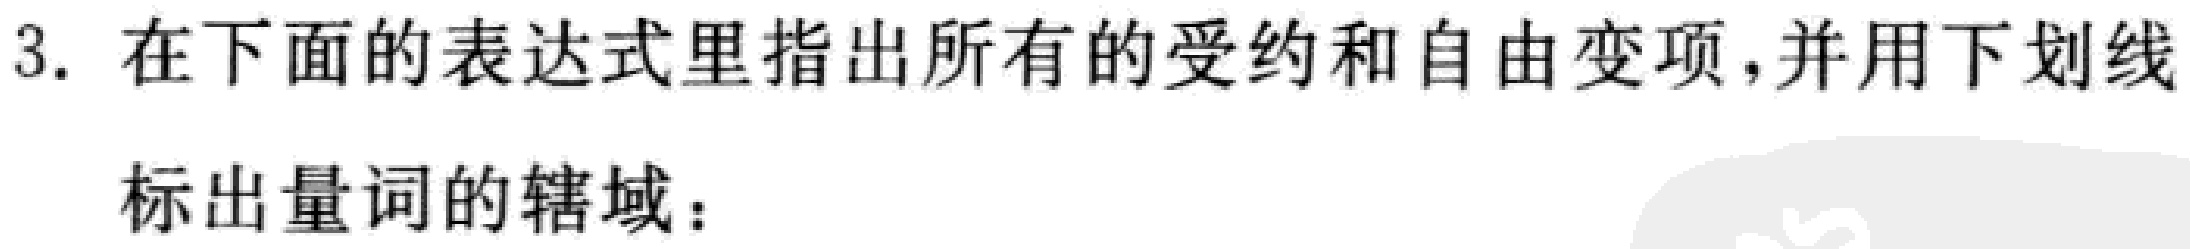
3. 在下面的表达式里指出所有的受约和自由变项，并用下划线

标出量词的辖域：